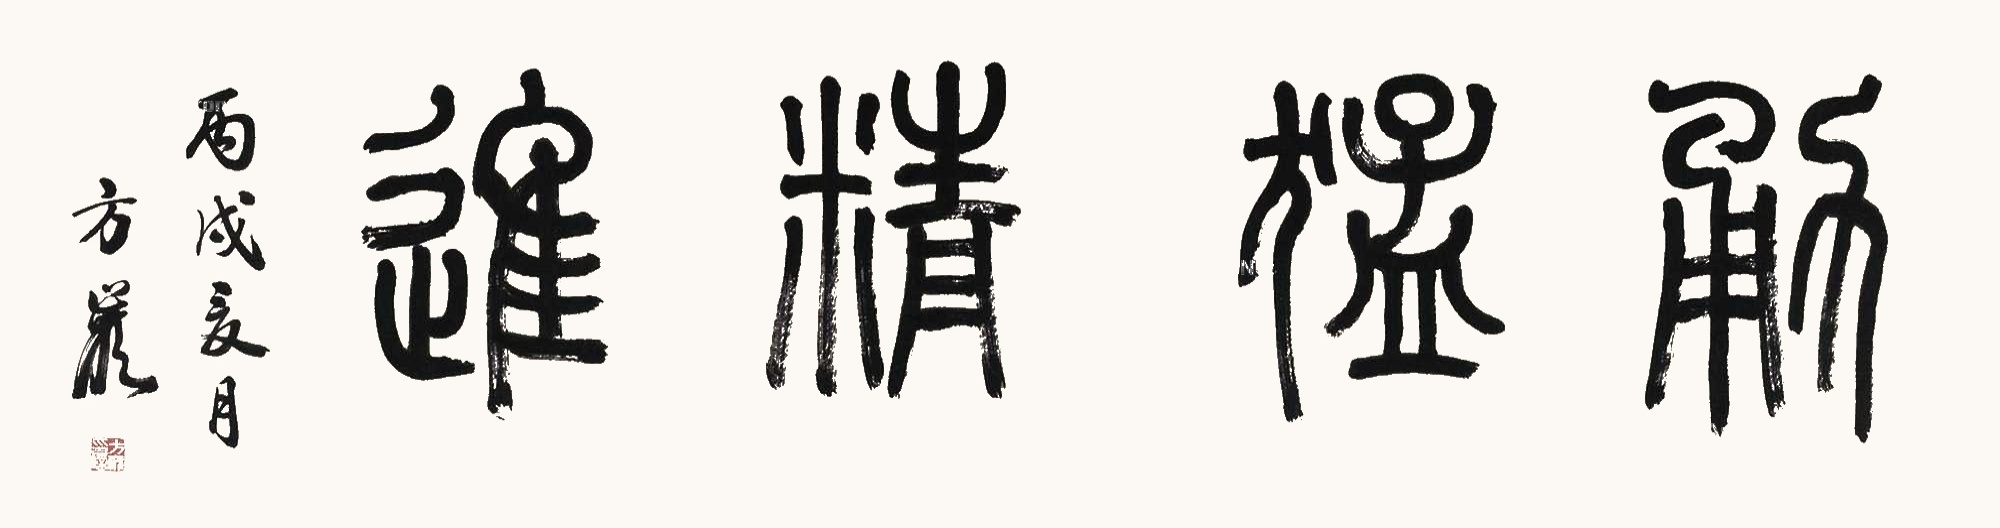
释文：勇猛精进。丙戌夏月，方岩。